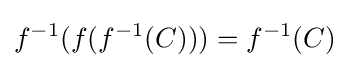
f^{-1}(f(f^{-1}(C)))=f^{-1}(C)